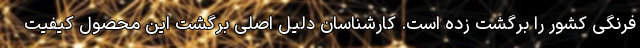
فرنگی کشور را برگشت زده است. کارشناسان دلیل اصلی برگشت این محصول کیفیت